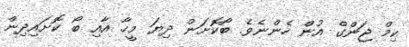
ކިމް ޖަންގް އުން ހެންނެވެ. ބޯކޮށަން ދިޔަ މީހާ އާއި ބޯ ކޮށައިދިން